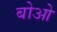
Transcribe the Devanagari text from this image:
बोओ